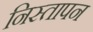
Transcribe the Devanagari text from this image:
निस्तापन